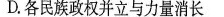
D.各民族政权并立与力量消长